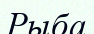
Рыба